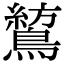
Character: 鶭